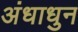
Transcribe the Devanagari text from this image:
अंधाधुन